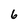
Character: 6